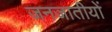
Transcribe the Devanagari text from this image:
जनजातीयों